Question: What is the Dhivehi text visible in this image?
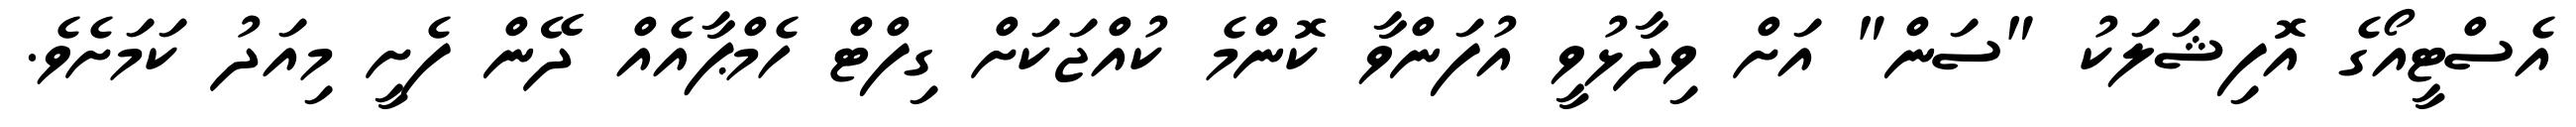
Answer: އެސްޓީއޯގެ އޮފިޝަލަކު "ސަން" އަށް ވިދާޅުވީ އުފަންވާ ކޮންމެ ކުއްޖަކަށް ގިފްޓް ހެމްޕާއެއް ދޭން ފެށީ މިއަދު ކަމަށެވެ.